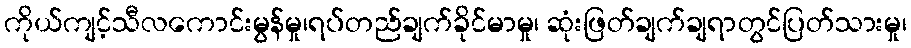
ကိုယ်ကျင့်သီလကောင်းမွန်မှု၊ရပ်တည်ချက်ခိုင်မာမှု၊ ဆုံးဖြတ်ချက်ချရာတွင်ပြတ်သားမှု၊